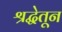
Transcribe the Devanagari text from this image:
श्रद्धेतून